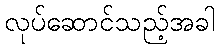
လုပ်ဆောင်သည့်အခါ